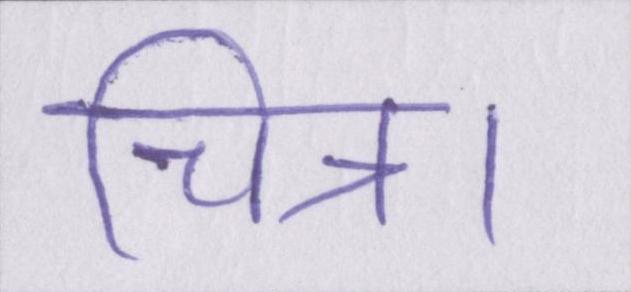
चित्र।